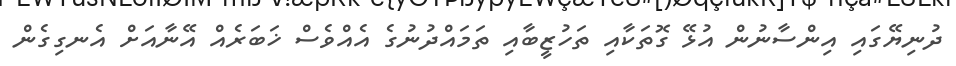
ދުނިޔޭގައި އިންސާނުން އުޅޭ ގޮތަކާއި ތަހުޒީބާއި ތަމައްދުނުގެ އެއްވެސް ޚަބަރެއް އޭނާއަށް އެނގިގެން